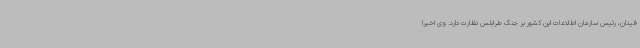
فیدان، رئیس سازمان اطلاعات این کشور بر جنگ طرابلس نظارت دارد. وی اخیرا